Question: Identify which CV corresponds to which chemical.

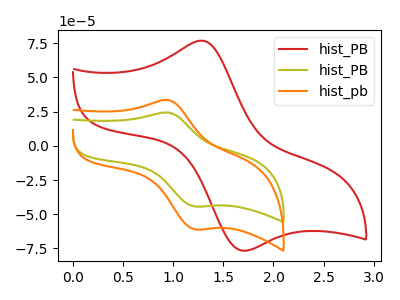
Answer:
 <answer>The red curve is labeled "hist_PB". The olive curve is labeled "hist_PB". The orange curve is labeled "hist_pb".</answer>
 <eval></eval>